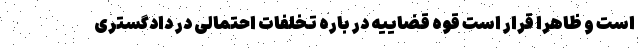
است و ظاهراً قرار است قوه قضاییه در باره تخلفات احتمالی در دادگستری